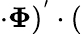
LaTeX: \cdot\mathbf{\Phi})^{'}\cdot(